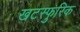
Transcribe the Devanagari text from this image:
खटस्फुरिक